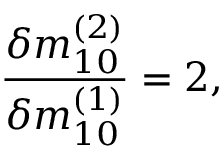
\frac { \delta m _ { 1 0 } ^ { ( 2 ) } } { \delta m _ { 1 0 } ^ { ( 1 ) } } = 2 ,